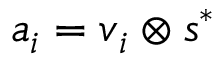
\boldsymbol { a } _ { i } = \boldsymbol { v } _ { i } \otimes \boldsymbol { s } ^ { * }